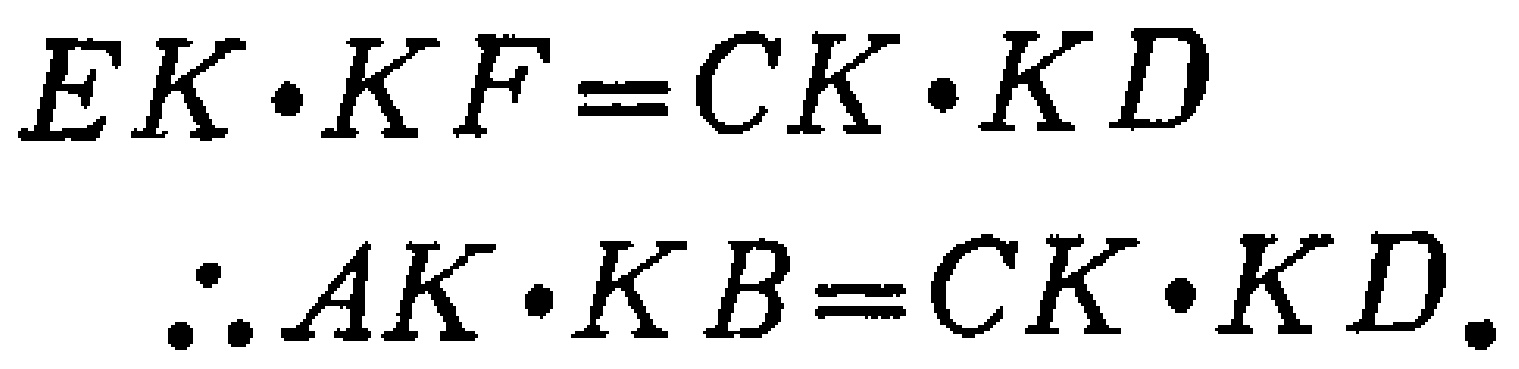
\[

EK\cdot KF = CK\cdot KD

\]

\[

\therefore AK\cdot KB = CK\cdot KD.

\]